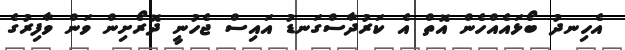
އެހިނދު ބޯޅައެއްހެން އޮތް އެ ކަރުދާސްގަނޑު އައިސް ޖެހުނީ ދޮރޯށިން ވަން ވާފިރުގެ